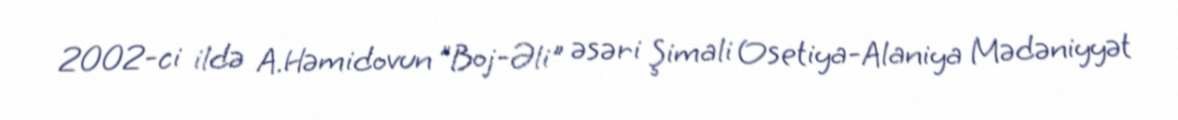
2002-ci ildə A.Həmidovun "Boj-Əli" əsəri Şimali Osetiya-Alaniya Mədəniyyət